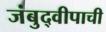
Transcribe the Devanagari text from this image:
जंबुद्वीपाची